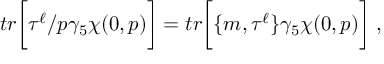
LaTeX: t r \bigg \lbrack \tau ^ { \ell } \slash p \gamma _ { 5 } \chi ( 0 , p ) \bigg \rbrack = t r \bigg \lbrack \lbrace m , \tau ^ { \ell } \rbrace \gamma _ { 5 } \chi ( 0 , p ) \bigg \rbrack \; ,